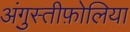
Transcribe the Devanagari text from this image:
अंगुस्तीफ़ोलिया